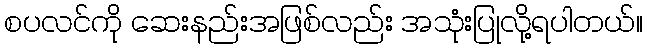
စပလင်ကို ဆေးနည်းအဖြစ်လည်း အသုံးပြုလို့ရပါတယ်။